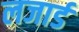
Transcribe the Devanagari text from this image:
लजार्ड